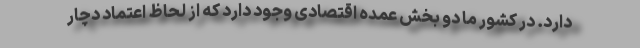
دارد. در کشور ما دو بخش عمده اقتصادی وجود دارد که از لحاظ اعتماد دچار